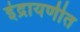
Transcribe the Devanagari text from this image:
इंद्रायणीत